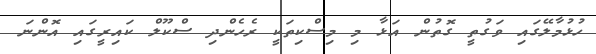
ހުޅުމާލޭގައި ވަގުތީ ގޮތުން އަޅާ މި މިސްކިތަކީ ރެހެންދި ސްކޫލް ކައިރީގައި އޮންނަ